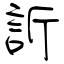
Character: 訢